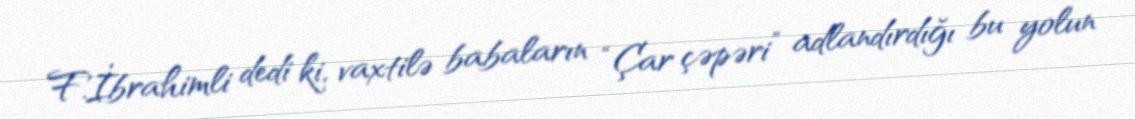
F.İbrahimli dedi ki, vaxtilə babaların “Çar çəpəri” adlandırdığı bu yolun